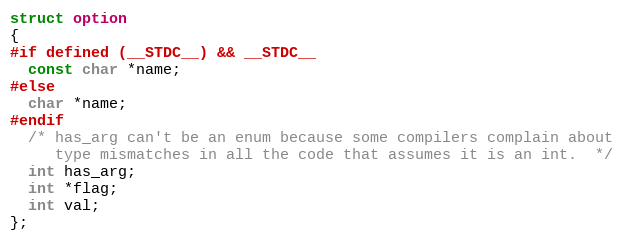
Language: C
struct option
{
#if defined (__STDC__) && __STDC__
  const char *name;
#else
  char *name;
#endif
  /* has_arg can't be an enum because some compilers complain about
     type mismatches in all the code that assumes it is an int.  */
  int has_arg;
  int *flag;
  int val;
};